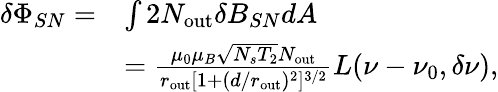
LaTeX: \begin{array}{rl}{\delta\Phi_{SN}=}&{\int 2N_{\mathrm{out}}\delta B_{SN}dA}\\ &{=\frac{\mu_{0}\mu_{B}\sqrt{N_{s}T_{2}}N_{\mathrm{out}}}{r_{\mathrm{out}}[1+(d/r_{\mathrm{out}})^{2}]^{3/2}}L(\nu-\nu_{0},\delta\nu),}\end{array}